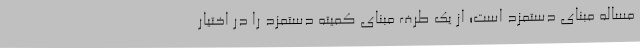
مساله مبنای دستمزد است؛ از یک طرف مبنای کمیته دستمزد را در اختیار